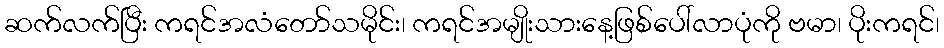
ဆက်လက်ပြီး ကရင်အလံတော်သမိုင်း၊ ကရင်အမျိုးသားနေ့ဖြစ်ပေါ်လာပုံကို ဗမာ၊ ပိုးကရင်၊